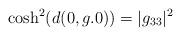
LaTeX: \begin{align*}\cosh^2(d(0,g.0))=|g_{33}|^2\end{align*}